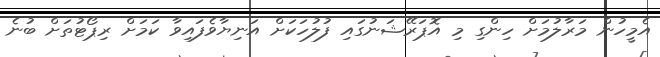
އެމީހުން މަރާލުމަށް ހިންގި މި އޮޕަރޭޝަނުގައި ފުލުހަކަށް އަނިޔާވެފައިވާ ކަމަށް ރިޕޯޓުތަށް ބުނެ